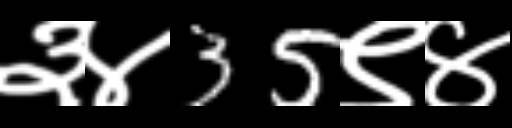
Text: ३४35९४